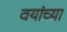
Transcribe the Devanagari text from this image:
वयांच्या